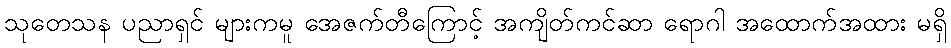
သုတေသန ပညာရှင် များကမူ အေဇက်တီကြောင့် အကျိတ်ကင်ဆာ ရောဂါ အထောက်အထား မရှိ